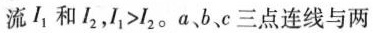
流I_{1}和I_{2}，$$I _ { 1 } > I _ { 2 }$$。a、b、c三点连线与两